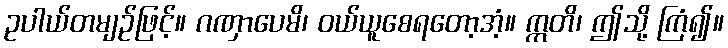
ဥပါယ်တမျဉ်ဖြင့်။ ဂဏှာပေမိ၊ ဝယ်ယူစေရတော့အံ့။ ဣတိ၊ ဤသို့ ကြံ၍။